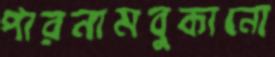
পারনামবুকানো